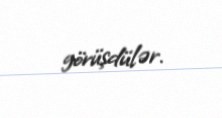
görüşdülər.